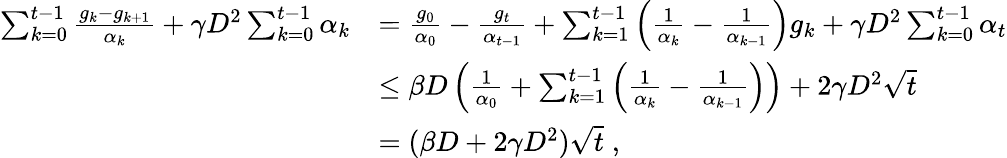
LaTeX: \begin{array}{rl}{\sum_{k=0}^{t-1}\frac{g_{k}-g_{k+1}}{\alpha_{k}}+\gamma D^{2}\sum_{k=0}^{t-1}\alpha_{k}}&{=\frac{g_{0}}{\alpha_{0}}-\frac{g_{t}}{\alpha_{t-1}}+\sum_{k=1}^{t-1}\left(\frac{1}{\alpha_{k}}-\frac{1}{\alpha_{k-1}}\right)g_{k}+\gamma D^{2}\sum_{k=0}^{t-1}\alpha_{t}}\\ &{\leq\beta D\left(\frac{1}{\alpha_{0}}+\sum_{k=1}^{t-1}\left(\frac{1}{\alpha_{k}}-\frac{1}{\alpha_{k-1}}\right)\right)+2\gamma D^{2}\sqrt{t}}\\ &{=(\beta D+2\gamma D^{2})\sqrt{t}\; ,}\end{array}